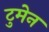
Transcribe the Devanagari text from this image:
टुमेन